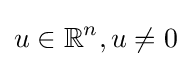
u\in \mathbb {R} ^{n},u\neq 0